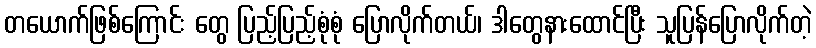
တယောက်ဖြစ်ကြောင်း တွေ ပြည့်ပြည့်စုံစုံ ပြောလိုက်တယ်၊ ဒါတွေနားထောင်ပြီး သူပြန်ပြောလိုက်တဲ့